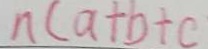
n ( a + b + c